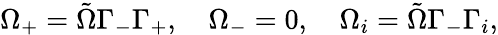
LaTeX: \Omega_{+}=\tilde{\Omega}\Gamma_{-}\Gamma_{+},\quad\Omega_{-}=0,\quad\Omega_{i}=\tilde{\Omega}\Gamma_{-}\Gamma_{i},